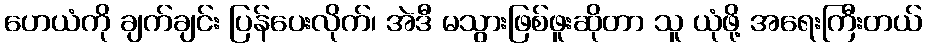
ဟေယံကို ချက်ချင်း ပြန်ပေးလိုက်၊ အဲဒီ မသွားဖြစ်ဖူးဆိုတာ သူ ယုံဖို့ အရေးကြီးတယ်